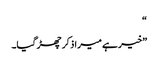
“
”خیر ہے میرا ذکر چھڑ گیا۔